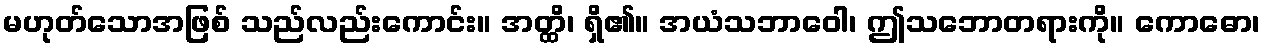
မဟုတ်သောအဖြစ် သည်လည်းကောင်း။ အတ္ထိ၊ ရှိ၏။ အယံသဘာဝေါ၊ ဤသဘောတရားကို။ ကောဓော၊